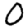
Digit: 0